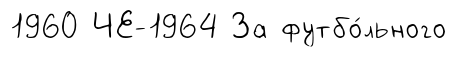
1960 ЧЕ-1964 За футбо́льного